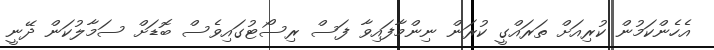
އެހެންކަމުން ކުރިއަށް ތަރައްގީ ކުރަން ނިންމާފައިވާ ފަސް ރިސޯޓުގައިވެސް ބޮޑަށް ސަމާލުކަން ދޭނީ